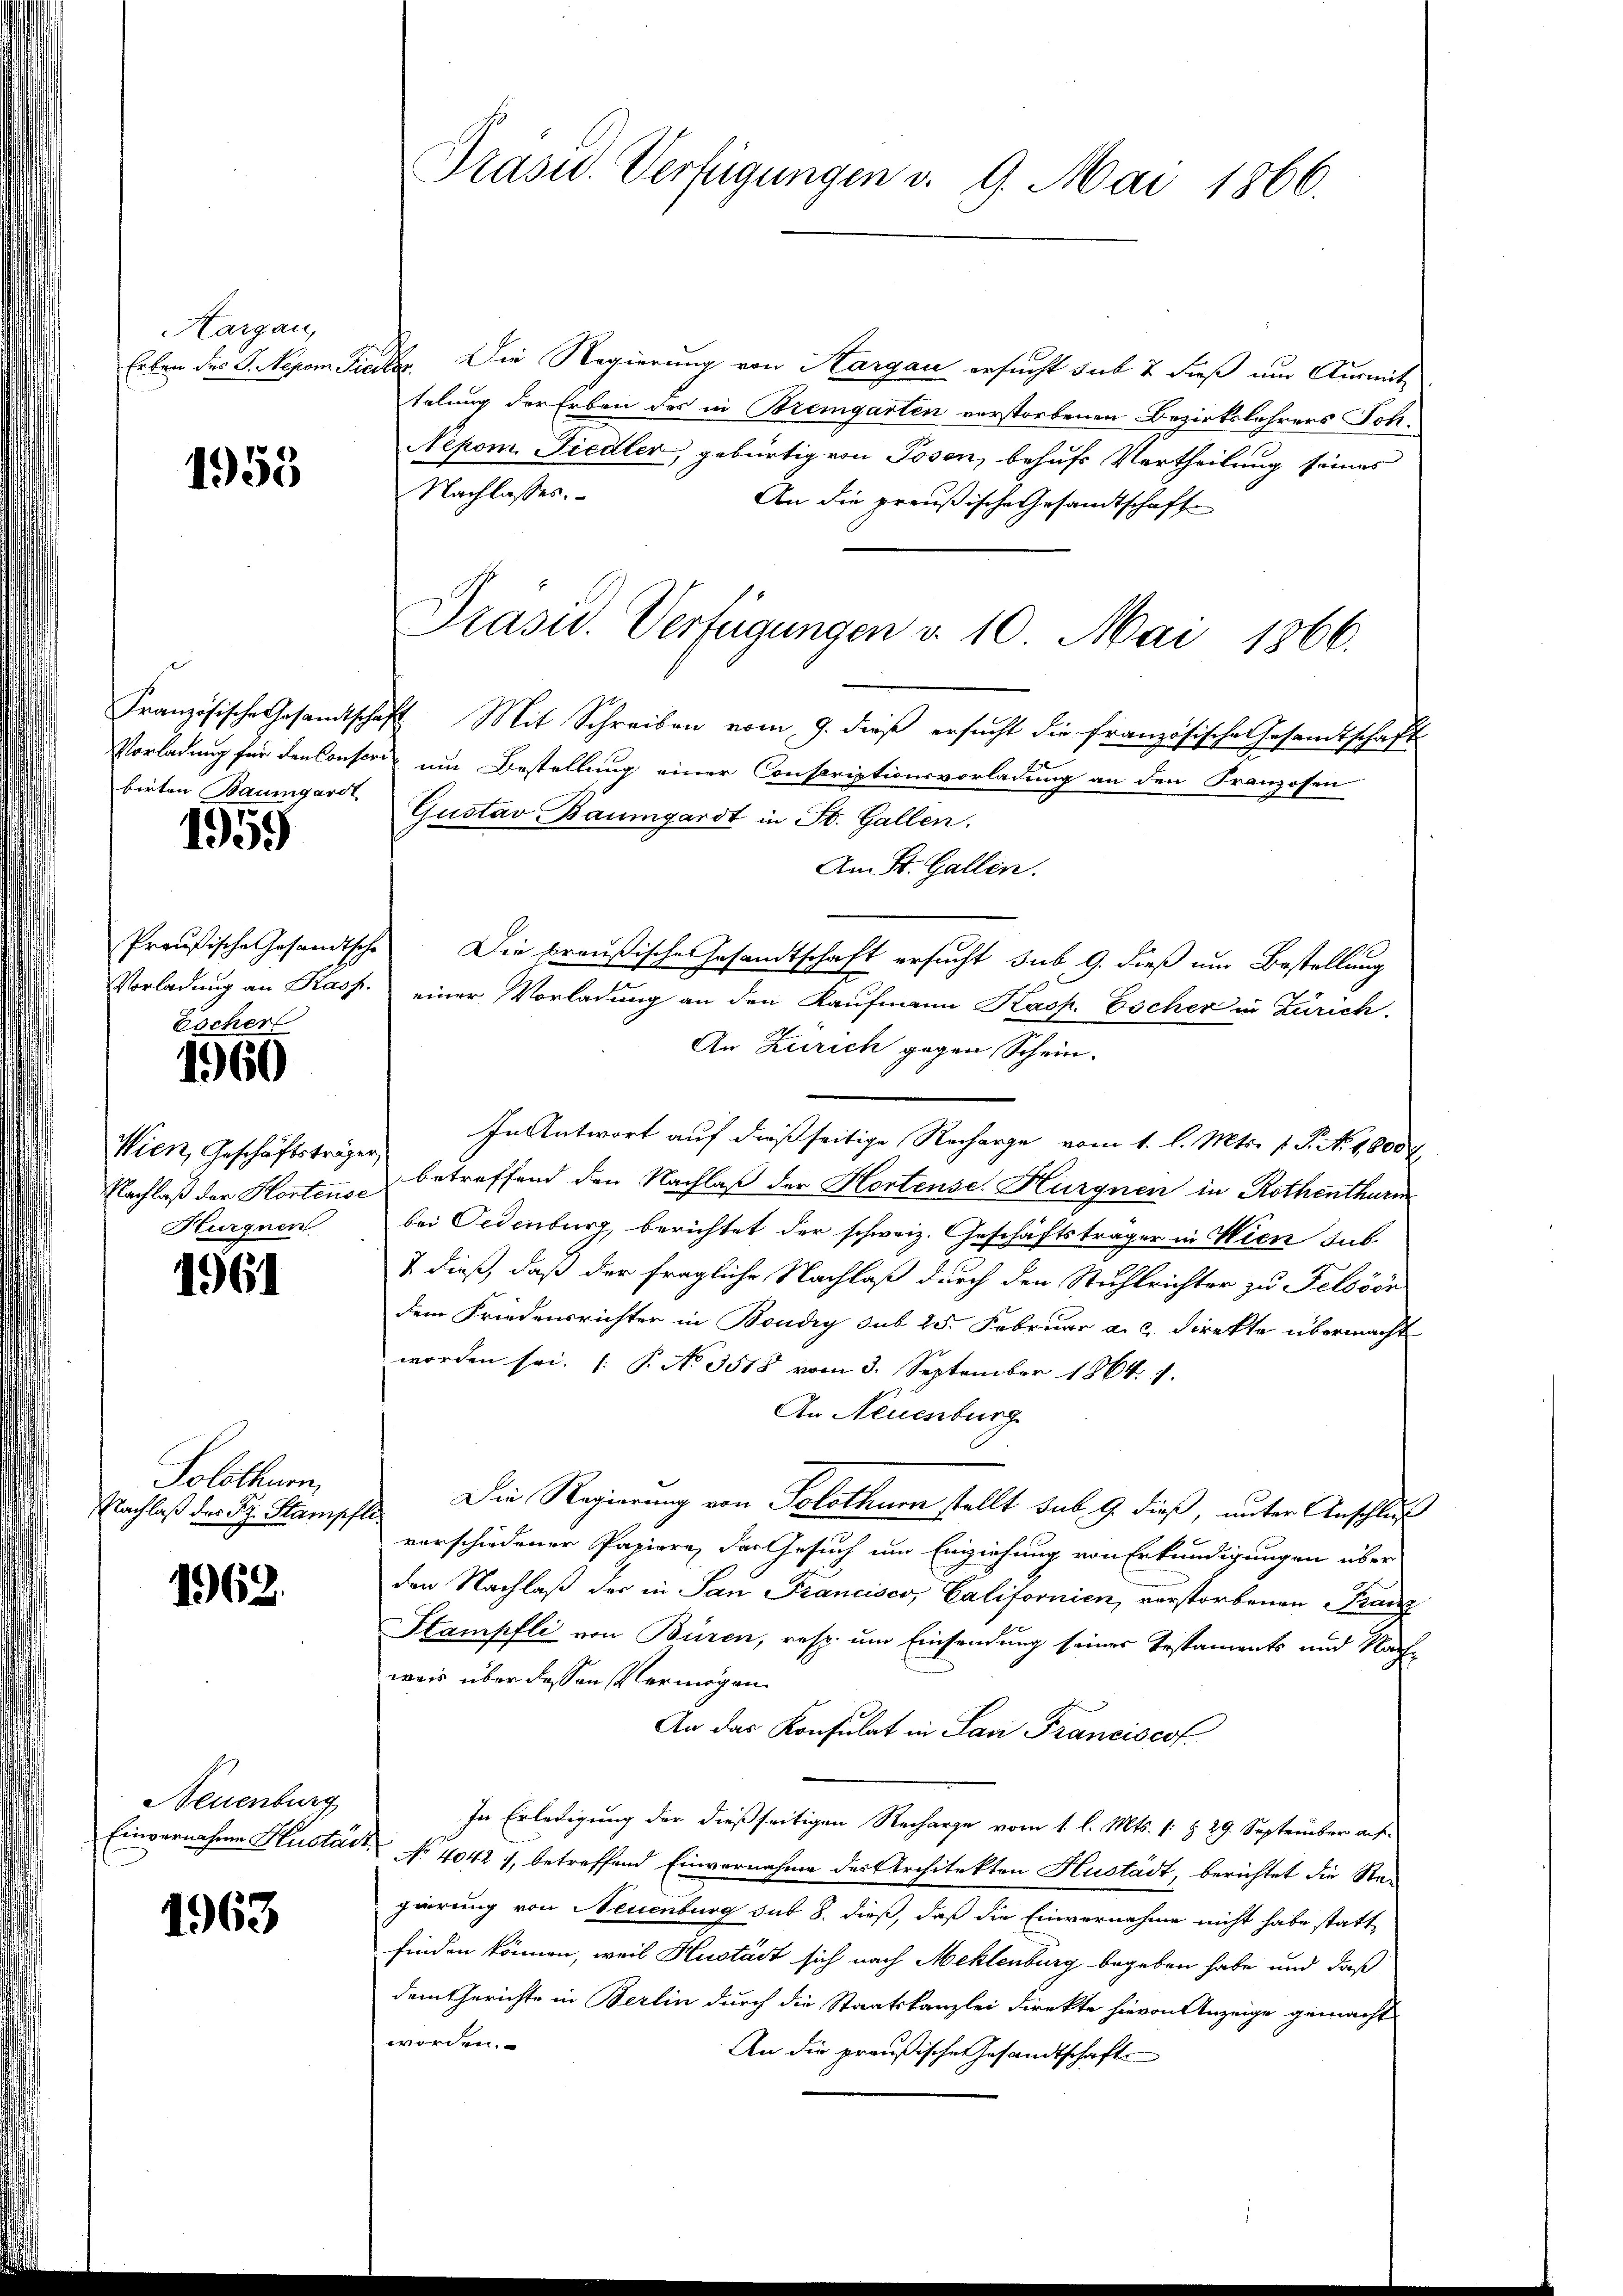
Aargau,

1955

t

1959

Escher

1960

Wien, Geschäftsträger
Hurgnen

1961

Solothurn,
Nachlaß der S. Stampfli

1962.

Neuenburg
Einvernahme Hlustän

1963

Erben des G. Nepom Fiedler. Die Regierung von Kargau ersucht sub 2 dieß um Ausmittelung der Erben des in Bremgarten verstorbenen Bezirkslehrers Soh¬
Nepom Fiedler, gebürtig von Posen, behufs Vortheilung seines
Nachlasses.
An die preußische Gesandtschafte
Französische Gesandtschaft Mit Schreiben vom 9. dieβ ersŭcht die französische Gesandtschaft
Vorladung für den Consere um Bestellung einer Conscriptionsvorladung an den Franzosen
birten Baumgart Gustav Baumgardt in St. Gallen.
Am St. Gallen.
Preußische Gesandtsche Die preußische Gesandtschaft ersucht sub. 9. dieß um Bestellung
Vorladung an Kasp. einer Vorladung an den Kaufmann Kasp. Escher in Zürich.
An Zürich gegen Schein.
In Antwort auf dießseitige Recharge vom 1. l. Mts. 1. P. N. 1600
Nachlaß der Kontens betreffend den Nachlaß der Hortense. Hürgnen in Rothenthurm
bei Oedenburg, berichtet der schweiz. Geschäftsträger in Wien sub.
& dieß, daß der fragliche Nachlaß durch den Stuhlrichter zu Felsöör
dem Friedensrichter in Boudry sub 25. Februar a. c. Direkte übermacht
worden sei. P. No 3515 vom 3. September 1864. 7.
An Neuenburg
Die Regierung von Solothurn stellt sub. 9. dieß, unter Anschluß
vorschiedener Papiere, der Gesuch um Einziehung von Erkundigungen über
den Nachlaß der in San Francisco, Californien, verstorbenen Franz
Hampfli von Büren, resp. um Einsendung seiner Testaments und Nachweis über dessen Vermögen.
An das Konsulat in San Franciscof.
In Erledigung der dießseitigen Recharge vom 1. l. Mts. (: § 29. September auf
 No 4042, betreffend Einvernahme des Architekten Hustadt, berichtet die Stagierung von Neuenburg sub 8. dieß, daß die Einvernehme nicht habe statt
finden können, weil Kustadt sich nach Meklenburg begeben habe und daß
dem Gerichte in Berlin durch die Staatskanzlei direkte hievon Anzeige gemacht
worden.
An die preußische Gesandtschafte

Präsid.. Verfügungen v. 9. Mai 1866.

Präsid.. Verfügungen v. 10. Mai 1866.